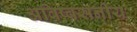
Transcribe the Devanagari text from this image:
अविष्वसनीय